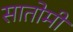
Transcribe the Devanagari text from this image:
सातोमी